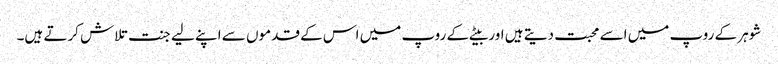
شوہر کے روپ میں اسے محبت دیتے ہیں اور بیٹے کے روپ میں اس کے قدموں سے اپنے لیے جنت تلاش کرتے ہیں۔